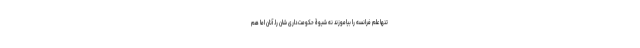
تنها علم فرانسه را بیاموزند نه شیوۀ حکومت‌داری شان را. آنان اما هم